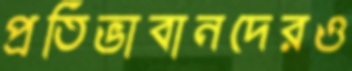
প্রতিভাবানদেরও